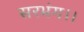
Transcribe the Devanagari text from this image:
सरभंग।।